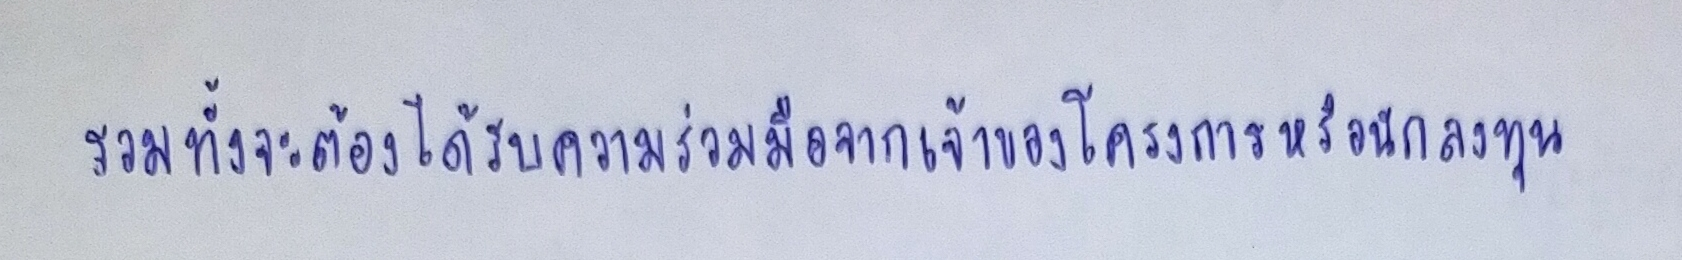
รวมทั้งจะต้องได้รับความร่วมมือจากเจ้าของโครงการหรือนักลงทุน